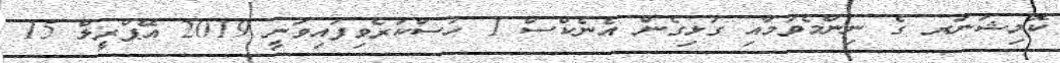
ކޮމިޝަނަރ ގެ ނިންމެވުމާއި ގުޅިގެން އެނެކްސް 1 ހުސްކުރެވިފައިވަނީ 2019 އޭޕްރީލް 15